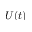
U ( t )